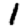
Digit: 1